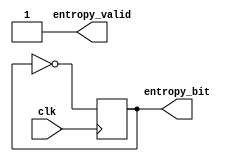
// Mock RNG that just alternates between 0 and 1
module alternating_rng (
    input clk,

    output entropy_valid,
    output entropy_bit
);
  reg state;

  initial begin
      state = 0;
  end

  always @ (posedge clk) begin
      state <= !state;
  end

  assign entropy_valid = 1;
  assign entropy_bit = state;
endmodule

// Cycles through the same 16-bit word.
// Simulates the broken AMD RNG 
// TODO: Citation needed
module repeating_rng (
    input clk,

    output entropy_valid,
    output entropy_bit
);
  reg [3:0] idx;
  wire [15:0] sequence;

  initial begin
      idx = 0;
  end

  always @ (posedge clk) begin
      idx = idx + 1;
  end

  assign entropy_valid = 1;
  assign sequence = {16'b1111110111100101};
  assign entropy_bit = sequence[idx];
endmodule

// TODO:
module user_rng (
    input clk,
    input user_clk,
    input user_bit,

    output entropy_valid,
    output entropy_bit
);

// TODO
assign entropy_bit = user_bit;
assign entropy_valid = user_clk;

endmodule